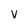
Character: v